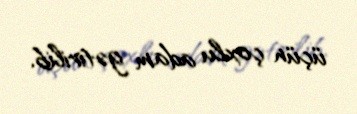
üçün çoxlu adam gətirilib.